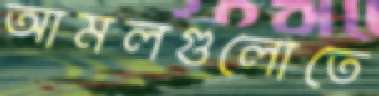
আমলগুলোতে